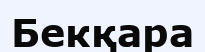
Бекқара